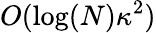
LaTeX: O(\log(N)\kappa^{2})